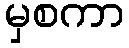
မှစကာ